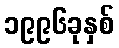
၁၉၉၆ခုနှစ်